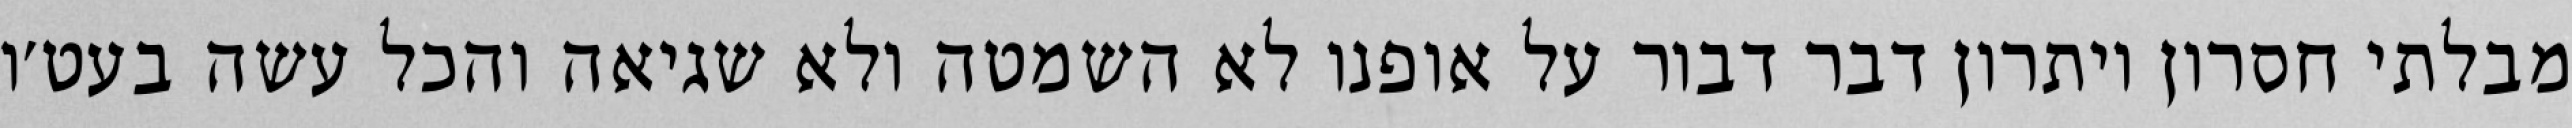
מבלתי חסרון ויתרון דבר דבור על אופנו לא השמטה ולא שגיאה והכל עשה בעט׳ו